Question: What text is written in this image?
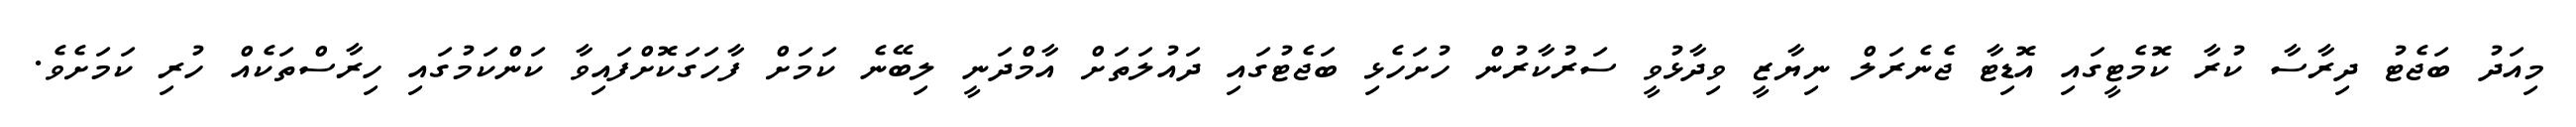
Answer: މިއަދު ބަޖެޓު ދިރާސާ ކުރާ ކޮމެޓީގައި އޮޑިޓާ ޖެނެރަލް ނިޔާޒީ ވިދާޅުވީ ސަރުކާރުން ހުށަހެޅި ބަޖެޓުގައި ދައުލަތަށް އާމްދަނީ ލިބޭނެ ކަމަށް ފާހަގަކޮށްފައިވާ ކަންކަމުގައި ހިރާސްތަކެއް ހުރި ކަމަށެވެ.